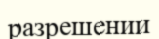
разрешении